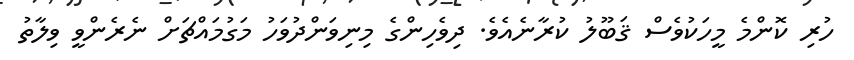
ހުރި ކޮންމެ މީހަކުވެސް ޤަބޫލު ކުރާނެއެވެ. ދިވެހިންގެ މިނިވަންދުވަހު މަގުމައްޗަށް ނެރެންވީ ވިލާތު